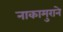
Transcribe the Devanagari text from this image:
नाकामुराने